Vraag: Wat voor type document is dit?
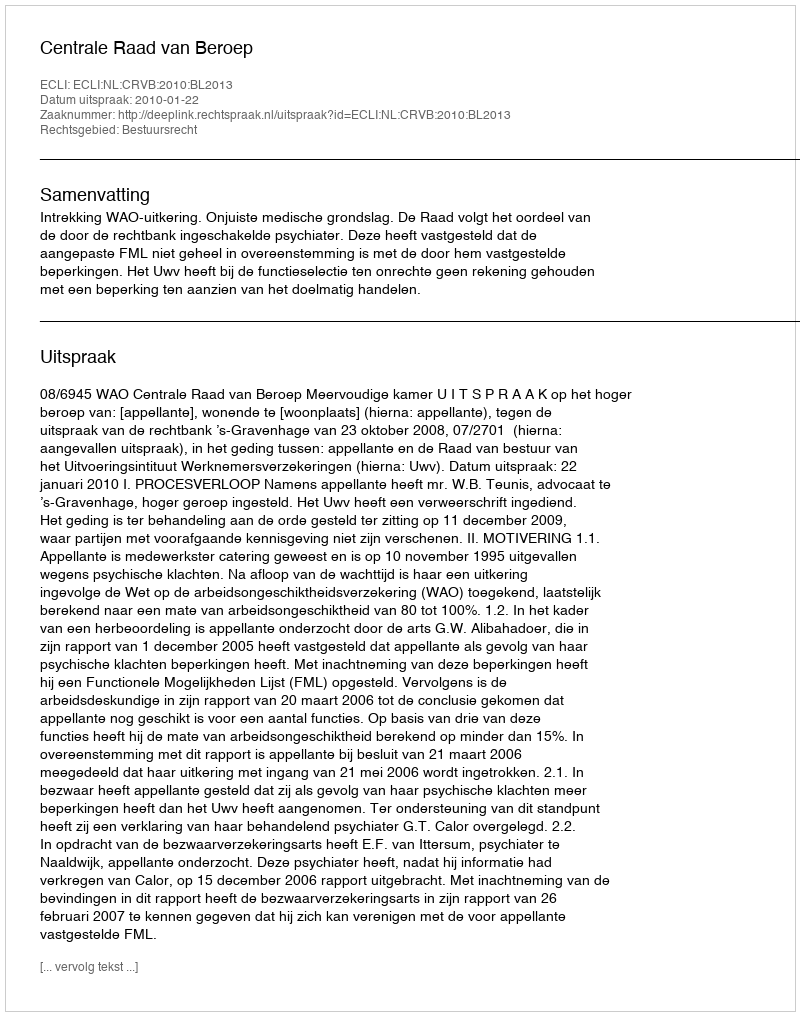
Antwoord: Uitspraak